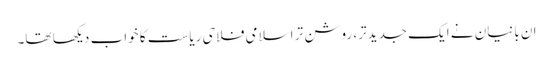
ان بانیان نے ایک جدیدتر، روشن تر اسلامی فلاحی ریاست کا خواب دیکھا تھا۔